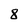
Character: 8